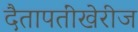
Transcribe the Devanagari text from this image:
दैतापतींखेरीज